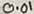
Text: 0.01